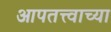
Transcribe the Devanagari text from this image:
आपतत्त्वाच्या